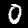
Label: 0